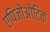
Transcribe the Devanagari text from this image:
एपिज़ोओटिक